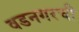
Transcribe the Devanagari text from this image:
वडनगरची